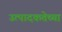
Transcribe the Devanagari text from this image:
उत्पादकतेच्या